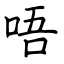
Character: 唔